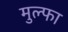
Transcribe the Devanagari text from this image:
मुल्फा